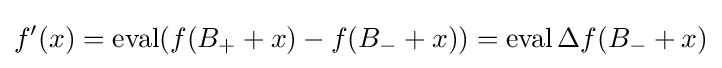
f'(x)=\operatorname {eval} (f(B_{+}+x)-f(B_{-}+x))=\operatorname {eval} \Delta f(B_{-}+x)